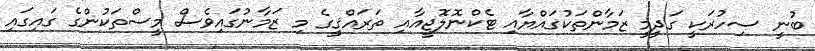
ބުނީ ސިހުރަކީ ގަދީމީ ޒަމާންތަކުގައްޔާއި ޓެކްނޮލޮޖީއާއި ތަރައްޤީގެ މި ޒަމާނުގައިވެސް މީސްތަކުންގެ ގައިގައި